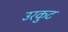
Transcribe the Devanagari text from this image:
उरकुट